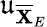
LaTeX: \mathfrak{u}_{\overline{{\mathbf{X}}}_{E}}